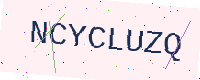
Text: NCYCLUZQ